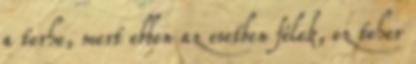
a terhe, mert ebben az esetben félek, ez teher